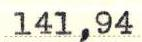
141,94